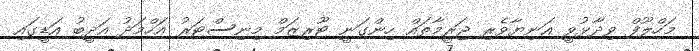
މަހްލޫފް ވިދާޅުވީ އަނިޔާވެރި ޖަރީމާތައް ހިންގަނީ ޓޫރިޒަމް މިނިސްޓަރު އަހްމަދު އަދީބު އަޑީގައި